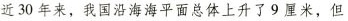
近30年来，我国沿海海平面总体上升了9厘米，但